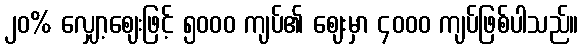
၂၀% လျှော့ဈေးဖြင့် ၅၀၀၀ ကျပ်၏ ဈေးမှာ ၄၀၀၀ ကျပ်ဖြစ်ပါသည်။